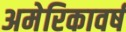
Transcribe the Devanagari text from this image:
अमेरिकावर्ष